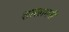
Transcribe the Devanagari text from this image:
शाखामनी